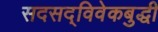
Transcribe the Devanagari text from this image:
सदसद्‌विवेकबुद्धी